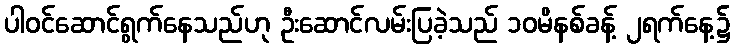
ပါဝင်ဆောင်ရွက်နေသည်ဟု ဦးဆောင်လမ်းပြခဲ့သည် ၁၀မိနစ်ခန့် ၂ရက်နေ့၌